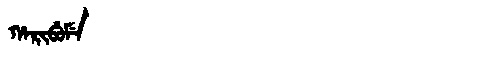
Manchu: ᡥᠠᡵᡳᠪᡠᠮᡝ
Romanization: HARIBUME